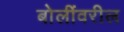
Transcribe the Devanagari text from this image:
बोलींवरील